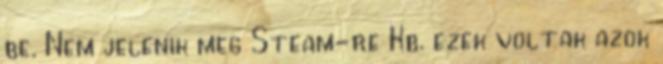
be. Nem jelenik meg Steam-re Kb. ezek voltak azok